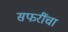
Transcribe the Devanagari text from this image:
सफरींचा